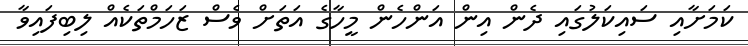
ކަމަށާއި ސައިކަލުގައި ދެން އިން އަންހެން މީހާގެ އަތަށް ވެސް ޒަހަމްތަކެއް ލިބިފައިވާ